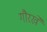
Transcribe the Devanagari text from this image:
गौरखे